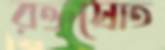
রক্তস্রোত